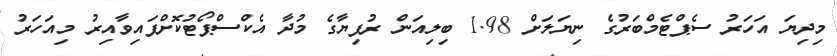
މިދިޔަ އަހަރު ސެޕްޓެމްބަރުގެ ނިޔަލަށް 1.98 ބިލިއަން ރުފިޔާގެ މުދާ އެކްސްޕޯޓުކޮށްފައިވާއިރު މިއަހަރު